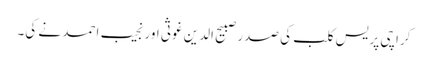
کراچی پریس کلب کی صدر صبیح الدین غوثی اور نجیب احمد نے کی۔